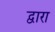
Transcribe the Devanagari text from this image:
द्वारा